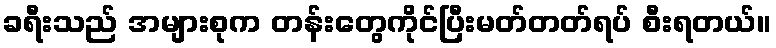
ခရီးသည် အများစုက တန်းတွေကိုင်ပြီးမတ်တတ်ရပ် စီးရတယ်။